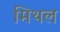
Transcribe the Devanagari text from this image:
मिथल